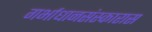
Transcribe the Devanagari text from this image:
गर्भाधानसंस्कारास